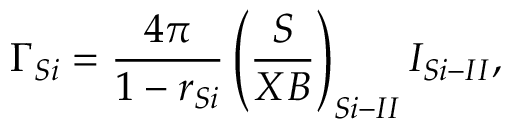
\Gamma _ { S i } = \frac { 4 \pi } { 1 - r _ { S i } } \left( \frac { S } { X B } \right) _ { S i - I I } I _ { S i - I I } ,